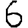
Digit: 6